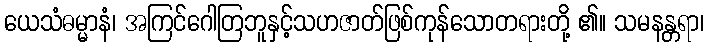
ယေသံဓမ္မာနံ၊ အကြင်ဂေါတြဘူနှင့်သဟဇာတ်ဖြစ်ကုန်သောတရားတို့ ၏။ သမနန္တရာ၊